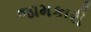
જામકારી